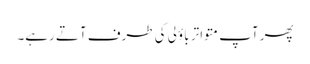
پھر آپ متواتر باؤلی کی طرف آتے رہے۔